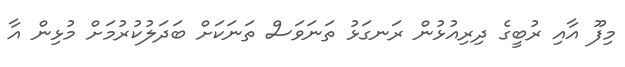
މިފޫ އާއި ރުބީގެ ދިރިއުޅުން ރަނގަޅު ތަނަވަސް ތަނަކަށް ބަދަލުކުރުމަށް މުޅިން އާ